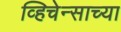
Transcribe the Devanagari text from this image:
व्हिचेन्साच्या